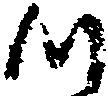
つ